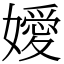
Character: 嬡